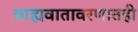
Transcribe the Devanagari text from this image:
बाह्यवातावरणातही